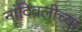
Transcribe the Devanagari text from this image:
नांदिवलीच्या